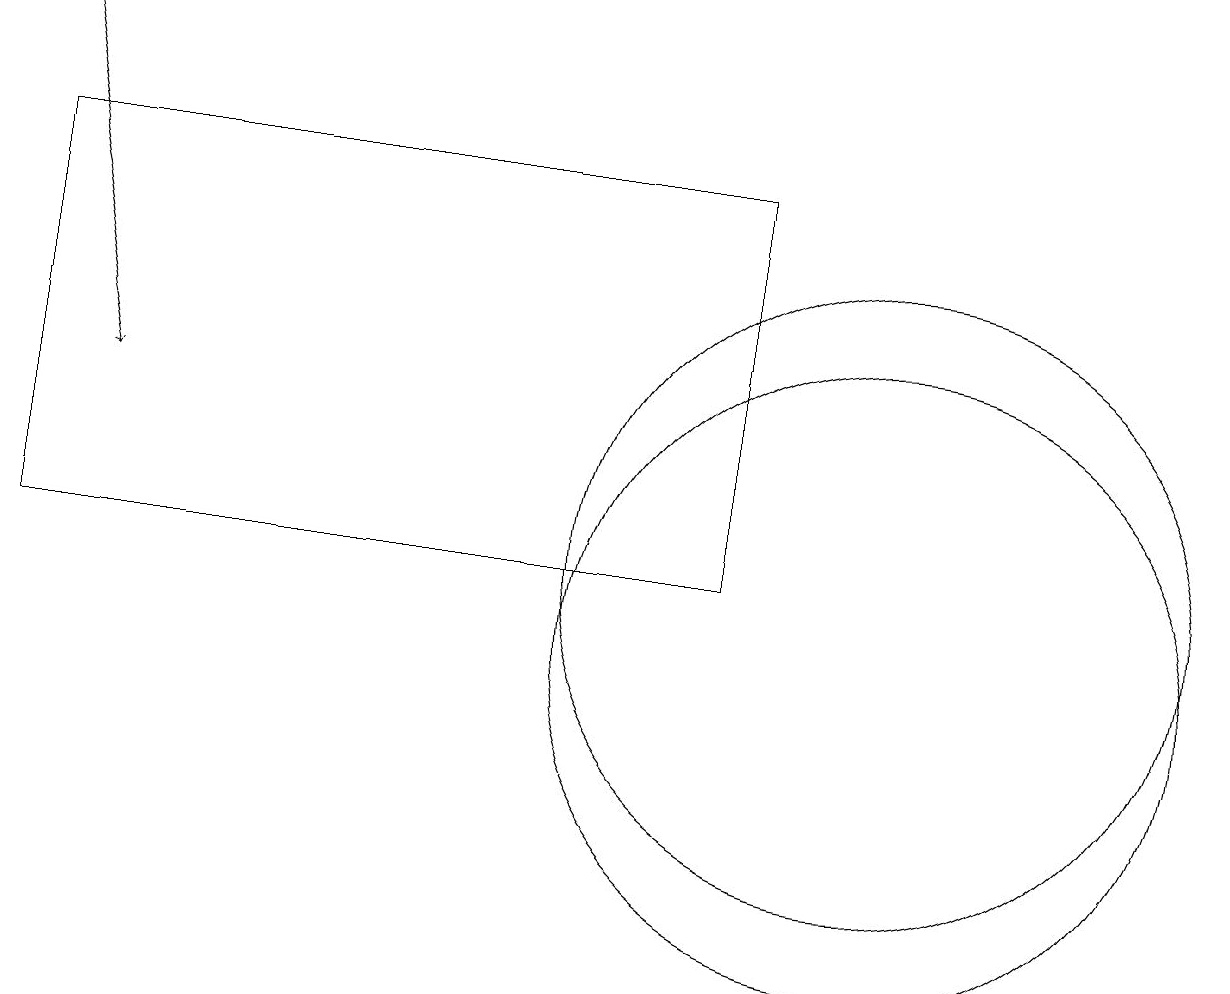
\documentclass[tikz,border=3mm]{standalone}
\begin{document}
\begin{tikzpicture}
\draw (9,11) rectangle (0,16);
\draw[->] (0,18) -- (1,13);
\draw (11,10) circle (4);
\draw (11,11) circle (4);
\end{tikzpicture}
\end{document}